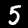
Label: 5